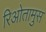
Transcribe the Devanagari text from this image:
रिओतामुस